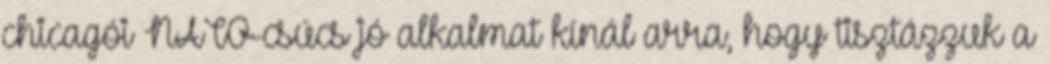
chicagói NATO-csúcs jó alkalmat kínál arra, hogy tisztázzuk a